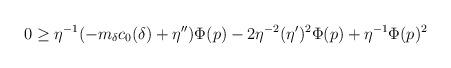
LaTeX: \begin{align*}0\geq \eta^{-1}(-m_\delta c_0(\delta)+\eta'')\Phi(p)-2\eta^{-2}(\eta')^2\Phi(p)+\eta^{-1}\Phi(p)^2\end{align*}